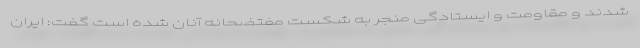
شدند و مقاومت و ایستادگی منجر به شکست مفتضحانه آنان شده است گفت: ایران